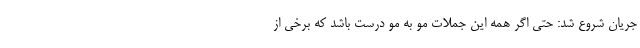
جریان شروع شد: حتی اگر همه این جملات مو به مو درست باشد که برخی از